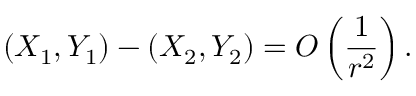
( X _ { 1 } , Y _ { 1 } ) - ( X _ { 2 } , Y _ { 2 } ) = O \left( \frac { 1 } { r ^ { 2 } } \right) .